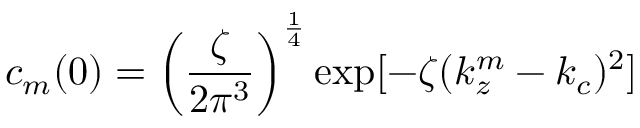
c _ { m } ( 0 ) = \left( \frac { \zeta } { 2 \pi ^ { 3 } } \right) ^ { \frac { 1 } { 4 } } \exp [ - \zeta ( k _ { z } ^ { m } - k _ { c } ) ^ { 2 } ]